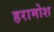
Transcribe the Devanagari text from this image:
हरामोश